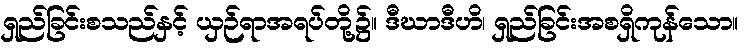
ရှည်ခြင်းစသည်နှင့် ယှဉ်ရာအရပ်တို့၌။ ဒီဃာဒီဟိ၊ ရှည်ခြင်းအစရှိကုန်သော။